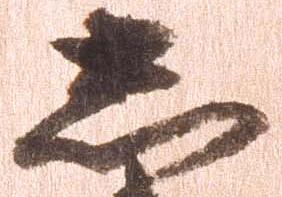
し